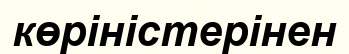
көріністерінен